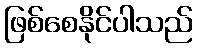
ဖြစ်စေနိုင်ပါသည်